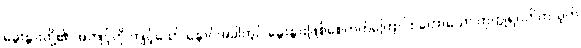
ခွေးနွားတို့၏ အကျင့်ကို ကျင့်သော် နောင်အခါတွင် ခွေးနွားဖြစ်စေတတ်ကြောင်း ဟောသော ကုက္ကုရဝတိကသုတ်